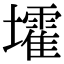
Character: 𡓘